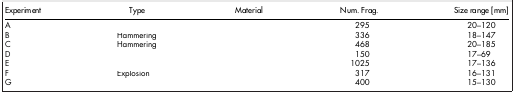
<table><thead><tr><td><b>Experiment</b></td><td><b>Type</b></td><td><b>Material</b></td><td><b>Num. Frag.</b></td><td><b>Size range [mm]</b></td></tr></thead><tbody><tr><td>A</td><td>[EMPTY_CELL]</td><td>[EMPTY_CELL]</td><td>295</td><td>20–120</td></tr><tr><td>B</td><td>Hammering</td><td>[EMPTY_CELL]</td><td>336</td><td>18–147</td></tr><tr><td>C</td><td>Hammering</td><td>[EMPTY_CELL]</td><td>468</td><td>20–185</td></tr><tr><td>D</td><td>[EMPTY_CELL]</td><td>[EMPTY_CELL]</td><td>150</td><td>17–69</td></tr><tr><td>E</td><td>[EMPTY_CELL]</td><td>[EMPTY_CELL]</td><td>1025</td><td>17–136</td></tr><tr><td>F</td><td>Explosion</td><td>[EMPTY_CELL]</td><td>317</td><td>16–131</td></tr><tr><td>G</td><td>[EMPTY_CELL]</td><td>[EMPTY_CELL]</td><td>400</td><td>15–130</td></tr></tbody></table>